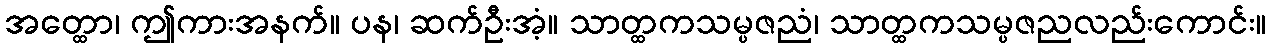
အတ္ထော၊ ဤကားအနက်။ ပန၊ ဆက်ဦးအံ့။ သာတ္ထကသမ္ပဇညံ၊ သာတ္ထကသမ္ပဇညလည်းကောင်း။